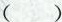
()